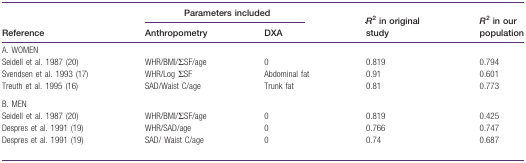
| <ROWSPAN=3> Reference | <COLSPAN=2> Parameters included | <ROWSPAN=3> R2 in original study | <ROWSPAN=3> R2 in our population |
 | Anthropometry | DXA |
 | --- | --- | --- | --- | --- |
 | A. WOMEN |  |  |  |  |
 | Seidell et al. 1987 (20) | WHR/BMI/ΣSF/age | 0 | 0.819 | 0.794 |
 | Svendsen et al. 1993 (17) | WHR/Log ΣSF | Abdominal fat | 0.91 | 0.601 |
 | Treuth et al. 1995 (16) | SAD/Waist C/age | Trunk fat | 0.81 | 0.773 |
 | B. MEN |  |  |  |  |
 | Seidell et al. 1987 (20) | WHR/BMI/ΣSF/age | 0 | 0.819 | 0.425 |
 | Despres et al. 1991 (19) | WHR/SAD/age | 0 | 0.766 | 0.747 |
 | Despres et al. 1991 (19) | SAD/Waist C/age | 0 | 0.74 | 0.687 |